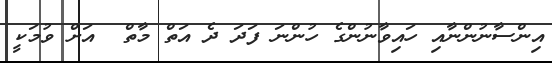
އިންސާނުންނާއި ހައިވާނުންގެ ހުންނަ ފަދަ ދެ އަތް މާތް  އަށް ވުމަކީ